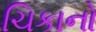
ચિકાનો